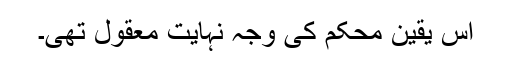
اس یقین محکم کی وجہ نہایت معقول تھی۔